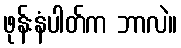
ဖုန်းနံပါတ်က ဘာလဲ။